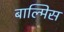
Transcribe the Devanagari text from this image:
बाल्मिस